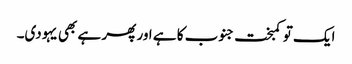
ایک تو کمبخت جنوب کا ہے اور پھر ہے بھی یہودی۔